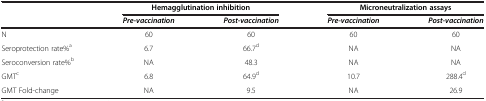
<table><thead><tr><td><b> </b></td><td colspan="2"><b>Hemagglutination inhibition</b></td><td colspan="2"><b>Microneutralization assays</b></td></tr><tr><td><b> </b></td><td><b><i>Pre-vaccination</i></b></td><td><b><i>Post-vaccination</i></b></td><td><b><i>Pre-vaccination</i></b></td><td><b><i>Post-vaccination</i></b></td></tr></thead><tbody><tr><td>N</td><td>60</td><td>60</td><td>60</td><td>60</td></tr><tr><td>Seroprotection rate%<sup>a</sup></td><td>6.7</td><td>66.7<sup>d</sup></td><td>NA</td><td>NA</td></tr><tr><td>Seroconversion rate%<sup>b</sup></td><td>NA</td><td>48.3</td><td>NA</td><td>NA</td></tr><tr><td>GMT<sup>c</sup></td><td>6.8</td><td>64.9<sup>d</sup></td><td>10.7</td><td>288.4<sup>d</sup></td></tr><tr><td>GMT Fold-change</td><td>NA</td><td>9.5</td><td>NA</td><td>26.9</td></tr></tbody></table>